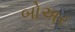
બોઅર